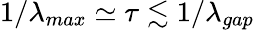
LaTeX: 1/\lambda_{max}\simeq\tau\lesssim 1/\lambda_{gap}